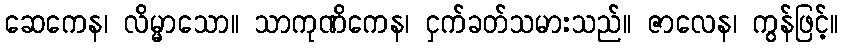
ဆေကေန၊ လိမ္မာသော။ သာကုဏိကေန၊ ငှက်ခတ်သမားသည်။ ဇာလေန၊ ကွန်ဖြင့်။